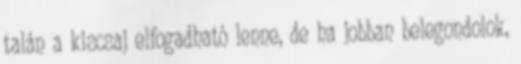
talán a kiscsaj elfogadható lenne, de ha jobban belegondolok,